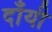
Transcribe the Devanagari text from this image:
दाँयी